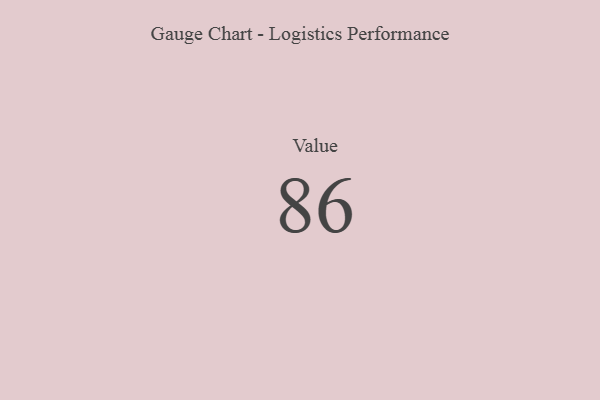
{"axis": {"x": "Metric", "y": "Value"}, "legend": [""], "data": [{"x": "Value", "y": 86, "type": ""}]}